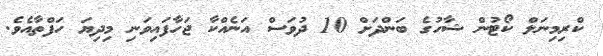
ކްރިމިނަލް ކޯޓުން ޝާހުގެ ބަންދަށް 10 ދުވަސް އަނެއްކާ ޖަހާފައިވަނި މިދިޔަ ހަފްތާއެވެ.